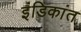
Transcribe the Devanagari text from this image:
इंडिकांत